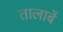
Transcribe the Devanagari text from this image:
तालाबें